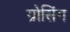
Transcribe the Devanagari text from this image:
ग्रोसिंग